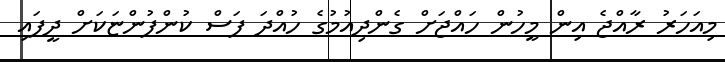
މިއަހަރު ރާއްޖެ އިން މީހުން ހައްޖަށް ގެންދިއުމުގެ ހުއްދަ ފަސް ކުންފުންޏަކަށް ދީފައި